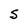
Character: S